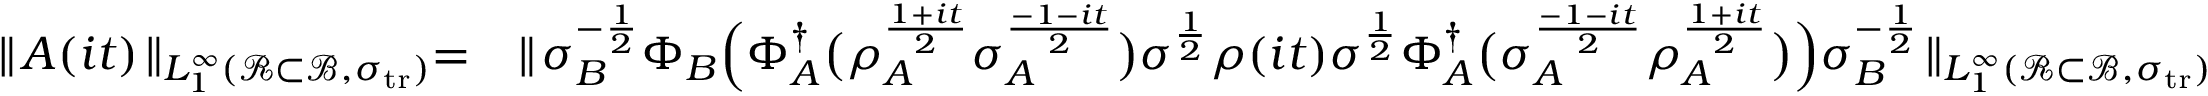
\begin{array} { r l } { \parallel \! A ( i t ) \! \parallel _ { L _ { 1 } ^ { \infty } ( { \mathcal R } \subset { \mathcal { B } } , \sigma _ { { \mathrm { t r } } } ) } = } & { \parallel \! \sigma _ { B } ^ { - \frac { 1 } { 2 } } \Phi _ { B } \Big ( \Phi _ { A } ^ { \dag } \big ( \rho _ { A } ^ { \frac { 1 + i t } { 2 } } \sigma _ { A } ^ { \frac { - 1 - i t } { 2 } } \big ) \sigma ^ { \frac { 1 } { 2 } } \rho ( i t ) \sigma ^ { \frac { 1 } { 2 } } \Phi _ { A } ^ { \dag } \big ( \sigma _ { A } ^ { \frac { - 1 - i t } { 2 } } \rho _ { A } ^ { \frac { 1 + i t } { 2 } } \big ) \Big ) \sigma _ { B } ^ { - \frac { 1 } { 2 } } \! \parallel _ { L _ { 1 } ^ { \infty } ( { \mathcal R } \subset { \mathcal { B } } , \sigma _ { { \mathrm { t r } } } ) } } \end{array}